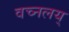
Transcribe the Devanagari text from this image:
वच्नलय्